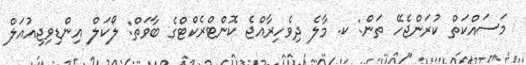
މަސައްކަތް ކުރަންޖެހޭ ތަން: ކ. މާލެ ދިވެހިރާއްޖެ ކޮންޓްރެކްޓްގެ ބާވަތް: ލޯކަލް އިންޑިވިޖިއުއަލް